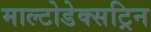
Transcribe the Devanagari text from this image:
माल्टोडेक्सट्रिन